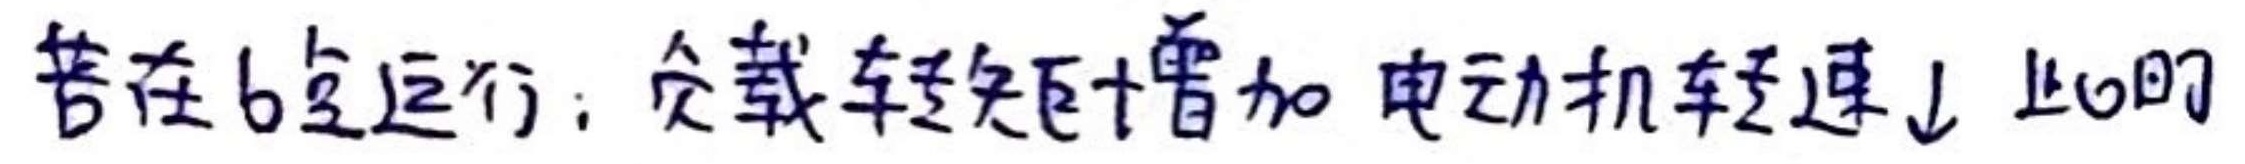
若在b点运行：负载转矩增加 电动机转速↓ 此时